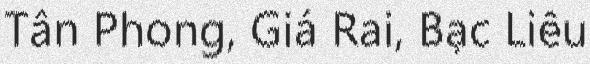
Tân Phong, Giá Rai, Bạc Liêu